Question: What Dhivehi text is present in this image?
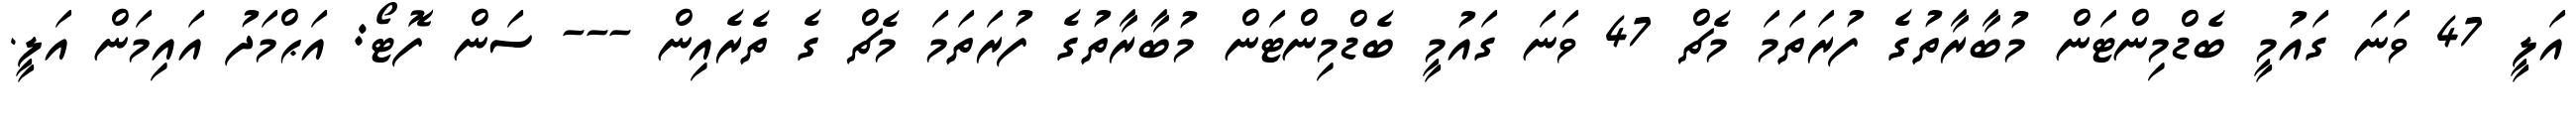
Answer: އަލީ 47 ވަނަ ގައުމީ ބެޑްމިންޓަން މުބާރާތުގެ ފުރަތަމަ މެޗް 47 ވަނަ ގައުމީ ބެޑްމިންޓަން މުބާރާތުގެ ފުރަތަމަ މެޗް ގެ ތެރެއިން --- ސަން ފޮޓޯ: އަޙްމަދު އައިމަން އަލީ.